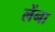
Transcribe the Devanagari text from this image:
लेंना